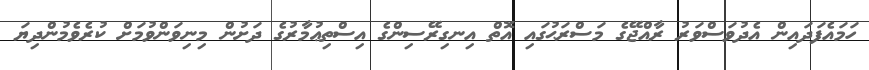
ހަމައެފަދައިން އެދުވަސްވަރު ރާއްޖޭގެ މަސްރަޙުގައި އޮތް އިނގިރޭސިންގެ އިސްތިޢުމާރުގެ ދަށުން މިނިވަންވުމަށް ކުރެވެމުންދިޔަ